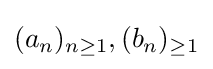
(a_{n})_{n\geq 1},(b_{n})_{\geq 1}